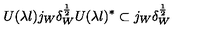
U ( \lambda l ) j _ { W } \delta _ { W } ^ { \frac { 1 } { 2 } } U ( \lambda l ) ^ { * } \subset j _ { W } \delta _ { W } ^ { \frac { 1 } { 2 } }